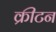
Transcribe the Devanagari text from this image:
क्रीटन